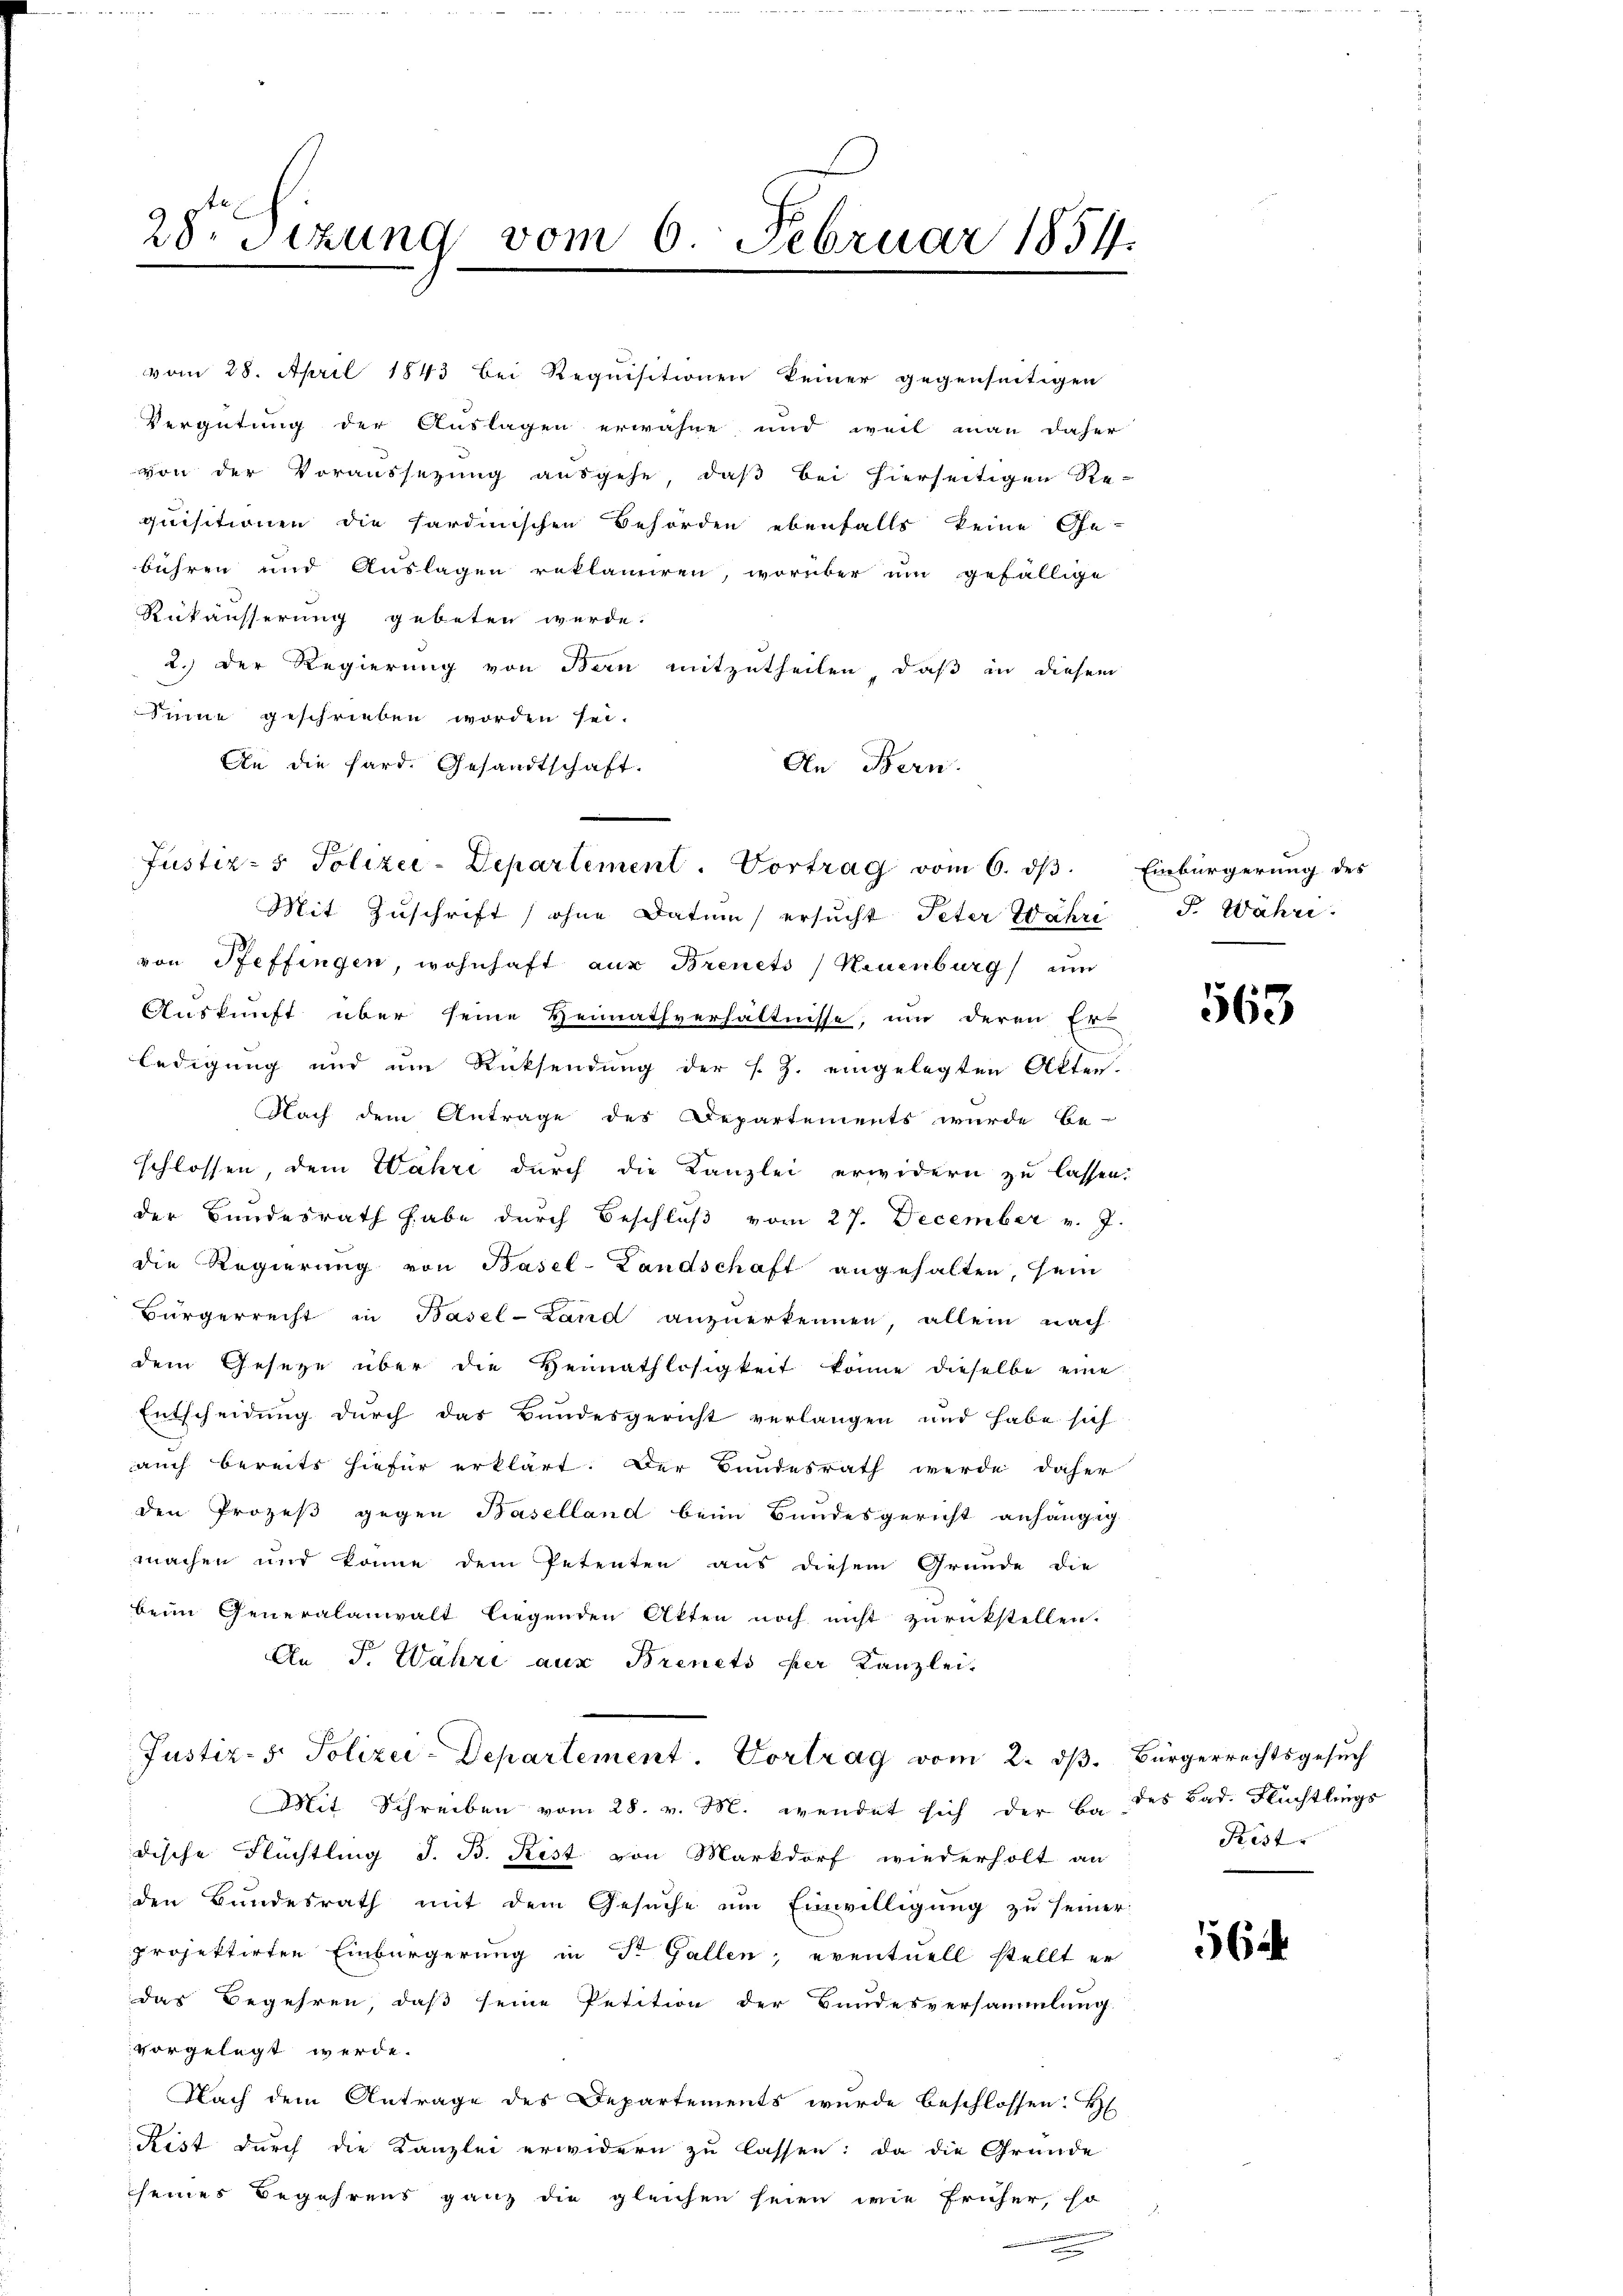
vom 28. April 1843 bei Requisitionen keiner gegenseitigen
Vergütung der Auslagen erwähne und weil man daher
von der Voraussezung ausgehe, daß bei hierseitigen Re-
quisitionen die sardinischen Behörden ebenfalls keine Ge-
bühren und Auslagen reklamiren, worüber ŭm gefällige
Rukäusserung gebeten werde.
2.) Der Regierung von Bern mitzutheilen, daß in diesem
Sinne geschrieben worden sei.
An die fard. Gesandtschaft.
An Bern.

Justiz- & Polizei-Departement. Vortrag vom 6. ds.

28. Sizung vom 6. Februar 1854.

Mit Zuschrift (ohne Datum ersucht Peter Währe
von Pfeffingen, wohnhaft aus Brenets) Neuenburg) um
Auskunft über seine Heimathverhältnisse, um deren Er
ledigung und um Rücksendung der s. Z. eingelegten Akten
Nach dem Antrage des Departements wurde be-
schlossen, dem Wahre durch die Kanzlei erwidern zu lassen
der Bundesrath habe durch Beschlŭβ vom 27. December v. J
die Regierung von Basel-Landschaft angehalten, sein
Bürgerrecht in Basel-Land anzuerkennen, allein nach
dem Geseze über die Heimathlosigkeit könne dieselbe eine
Entscheidung durch das Bundesgericht verlangen und habe sich
auch bereits hiefür erklärt. Der Bundesrath werde daher
den Prozeβ gegen Baselland beim Bundesgericht anhängig
machen und könne dem Petenten aus diesem Grunde die
beim Generalanwalt liegenden Akten noch nicht zurückstellen.
An F. Währe aus Brinets der Kanzlei-
Justiz- & Polizei-Departement. Vortrag vom 2. ds. Bürgerrechtsgesuch
Mit Schreiben vom 28. v. M. wendet sich der Bades Bad. Flüchtlings
dische Flüchtling J. B. Kist von Markdorf wiederholt an
den Bundesrath mit dem Gesuche um Einwilligung zu sein
projektirten Einbürgerung in St. Gallen, eventuell stellt er
das Begehren, daß seine Petition der Handesversammlung
vorgelegt werde.
Nach dem Antrage des Departements wurde beschlossen: H
Rist durch die Kanzlei erwidern zu lassen: da die Gründe
seines Begehrens ganz die gleichen seien wie früher, so
c

Einbürgerung des
F. Währe.

563

Rist

56